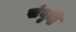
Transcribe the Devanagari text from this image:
संबुद्धि